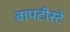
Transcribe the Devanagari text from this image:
बापटीस्टे